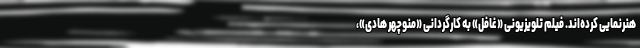
هنرنمایی کرده‌اند. فیلم تلویزیونی «غافل» به کارگردانی «منوچهر هادی»،